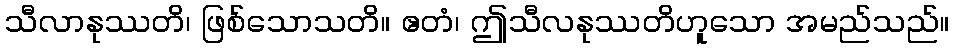
သီလာနုဿတိ၊ ဖြစ်သောသတိ။ ဧတံ၊ ဤသီလနုဿတိဟူသော အမည်သည်။